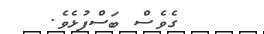
ގެވެސް ބަސްފުޅެވެ.